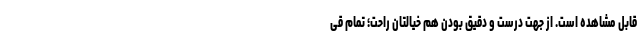
قابل مشاهده است. از جهت درست و دقیق بودن هم خیالتان راحت؛ تمام قی